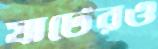
ষাটেরও